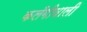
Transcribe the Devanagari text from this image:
कलँगीवाली